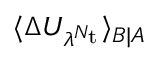
\langle \Delta U _ { \lambda ^ { N _ { \mathrm { t } } } } \rangle _ { B | A }